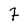
Character: 7